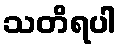
သတိရပါ